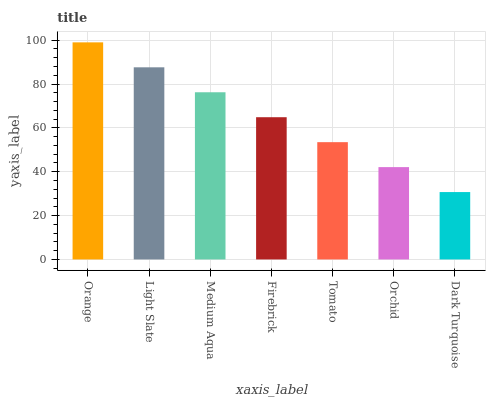
| xaxis_label | bars |
 | --- | --- |
 | Orange | 99 |
 | Light Slate | 87.6 |
 | Medium Aqua | 76.2 |
 | Firebrick | 64.9 |
 | Tomato | 53.5 |
 | Orchid | 42.1 |
 | Dark Turquoise | 30.7 |